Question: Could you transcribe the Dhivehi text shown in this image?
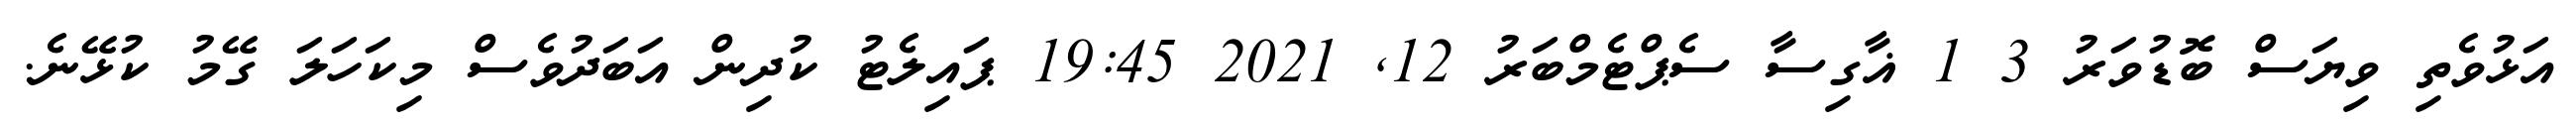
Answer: އަޅުވެތި ވިޔަސް ބޮޑުވަރު 3 1 ޣާގިސާ ސެޕްޓެމްބަރު 12, 2021 19:45 ޕައިލެޓު ކުދިން އަބަދުވެސް މިކަހަލަ ގޭމު ކުޅޭނެ.